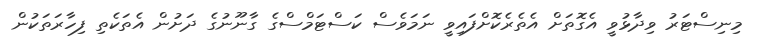
މިނިސްޓަރު ވިދާޅުވީ އެގޮތަށް އެތެރެކޮށްފައިވީ ނަމަވެސް ކަސްޓަމްސްގެ ގާނޫނުގެ ދަށުން އެތަކެތި ފިހާރަތަކުން